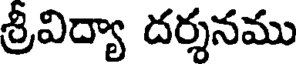
శ్రీవిద్యా దర్శనము